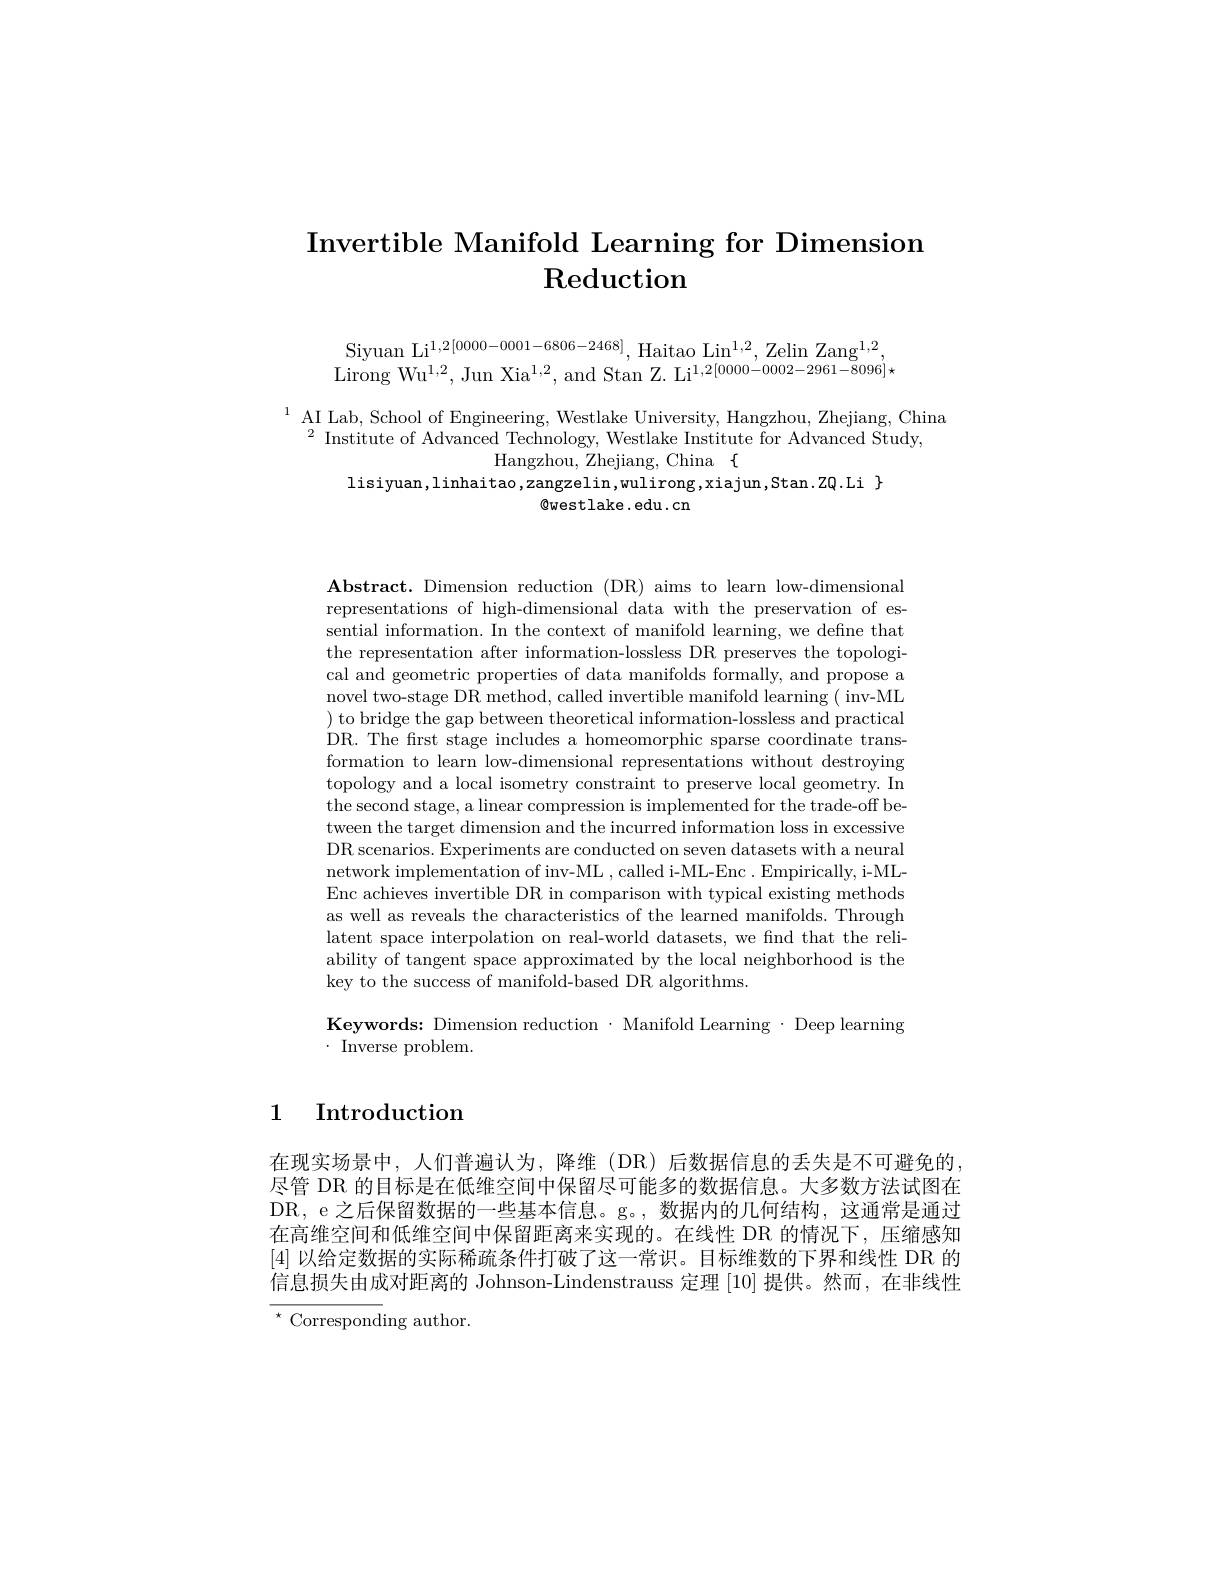
# Invertible Manifold Learning for Dimension Reduction

Siyuan Li$^{1,2[0000-0001-6806-2468]}$, Haitao Lin$^1,2$, Zelin Zang$^1,2$, Lirong Wu$^{1,2}$,Jun Xia$^{1,2}$,and Stan Z. Li$^{1,2[0000-0002-2961-8096]}\star$

$\begin{array}{ll}{^{1}}&{\mathrm{AI~Lab,~School~of~Engineering,~Westlake~University,~Hangzhou,~Zhejiang,~China}}\\{^{2}}&{\mathrm{Institute~of~Advanced~Technology,~Westlake~Institute~for~Advanced~Study,~}}\end{array}$
${\mathrm{Hangzhou,~Zhejiang,~China~\{}}$
lisiyuan,linhaitao,zangzelin,wulirong,xiajun,Stan.ZQ.Li $\}$
$\textcircled{\mathrm{westlake.edu.cn}}$

$\mathbf{Abstract.~Dimension~reduction~(DR)~aims~to~learn~low-dimensional}$ representations of high-dimensional data with the preservation of essential information. In the context of manifold learning, we define that the representation after information-lossless DR preserves the topological and geometric properties of data manifolds formally, and propose a novel two-stage DR method, called invertible manifold learning ( inv-ML ) to bridge the gap between theoretical information-lossless and practical DR. The frst stage includes a homeomorphic sparse coordinate transformation to learn low-dimensional representations without destroying topology and a local isometry constraint to preserve local geometry. In the second stage, a linear compression is implemented for the trade-off between the target dimension and the incurred information loss in excessive DR scenarios. Experiments are conducted on seven datasets with a neural network implementation of inv-ML , called i-ML-Enc. Empirically, i-MLEnc achieves invertible DR in comparison with typical existing methods as well as reveals the characteristics of the learned manifolds. Through latent space interpolation on real-world datasets, we find that the reliability of tangent space approximated by the local neighborhood is the key to the success of manifold-based DR algorithms.

Keywords: Dimension reduction $\cdot$ Manifold Learning $\cdot$ Deep learning
$\cdot$ Inverse problem.

1 Introduction

在现实场景中，人们普遍认为，降维(DR)后数据信息的丢失是不可避免的， 尽管 DR 的目标是在低维空间中保留尽可能多的数据信息。大多数方法试图在DR, e 之后保留数据的一些基本信息。g。, 数据内的几何结构，这通常是通过在高维空间和低维空间中保留距离来实现的。在线性 DR 的情况下，压缩感知[4]以给定数据的实际稀疏条件打破了这一常识。目标维数的下界和线性 DR 的信息损失由成对距离的 Johnson-Lindenstrauss 定理 [10] 提供。然而，在非线性$^{\star}$Corresponding author.